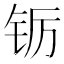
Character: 䥿